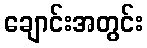
ချောင်းအတွင်း